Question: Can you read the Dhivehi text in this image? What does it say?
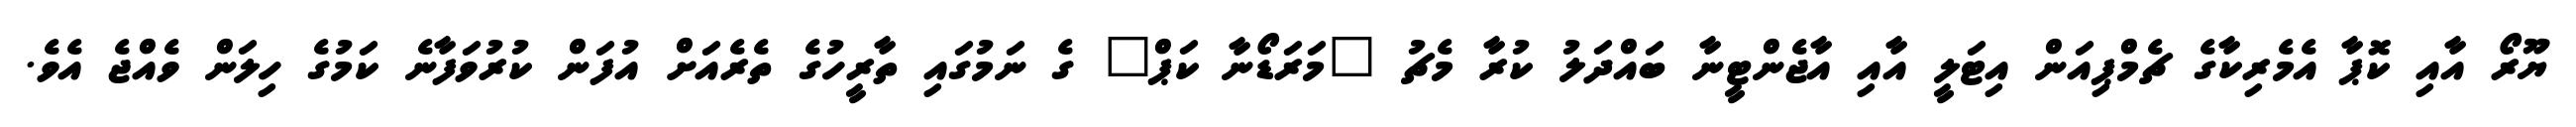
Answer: ޔޫރޯ އާއި ކޮޕާ އެމެރިކާގެ ޗެމްޕިއަން އިޓަލީ އާއި އާޖެންޓީނާ ބައްދަލު ކުރާ މެޗު "މަރަޑޯނާ ކަޕް" ގެ ނަމުގައި ތާރީހުގެ ތެރެއަށް އުފަން ކުރުވަފާނެ ކަމުގެ ހިލަން ވެއްޖެ އެވެ.